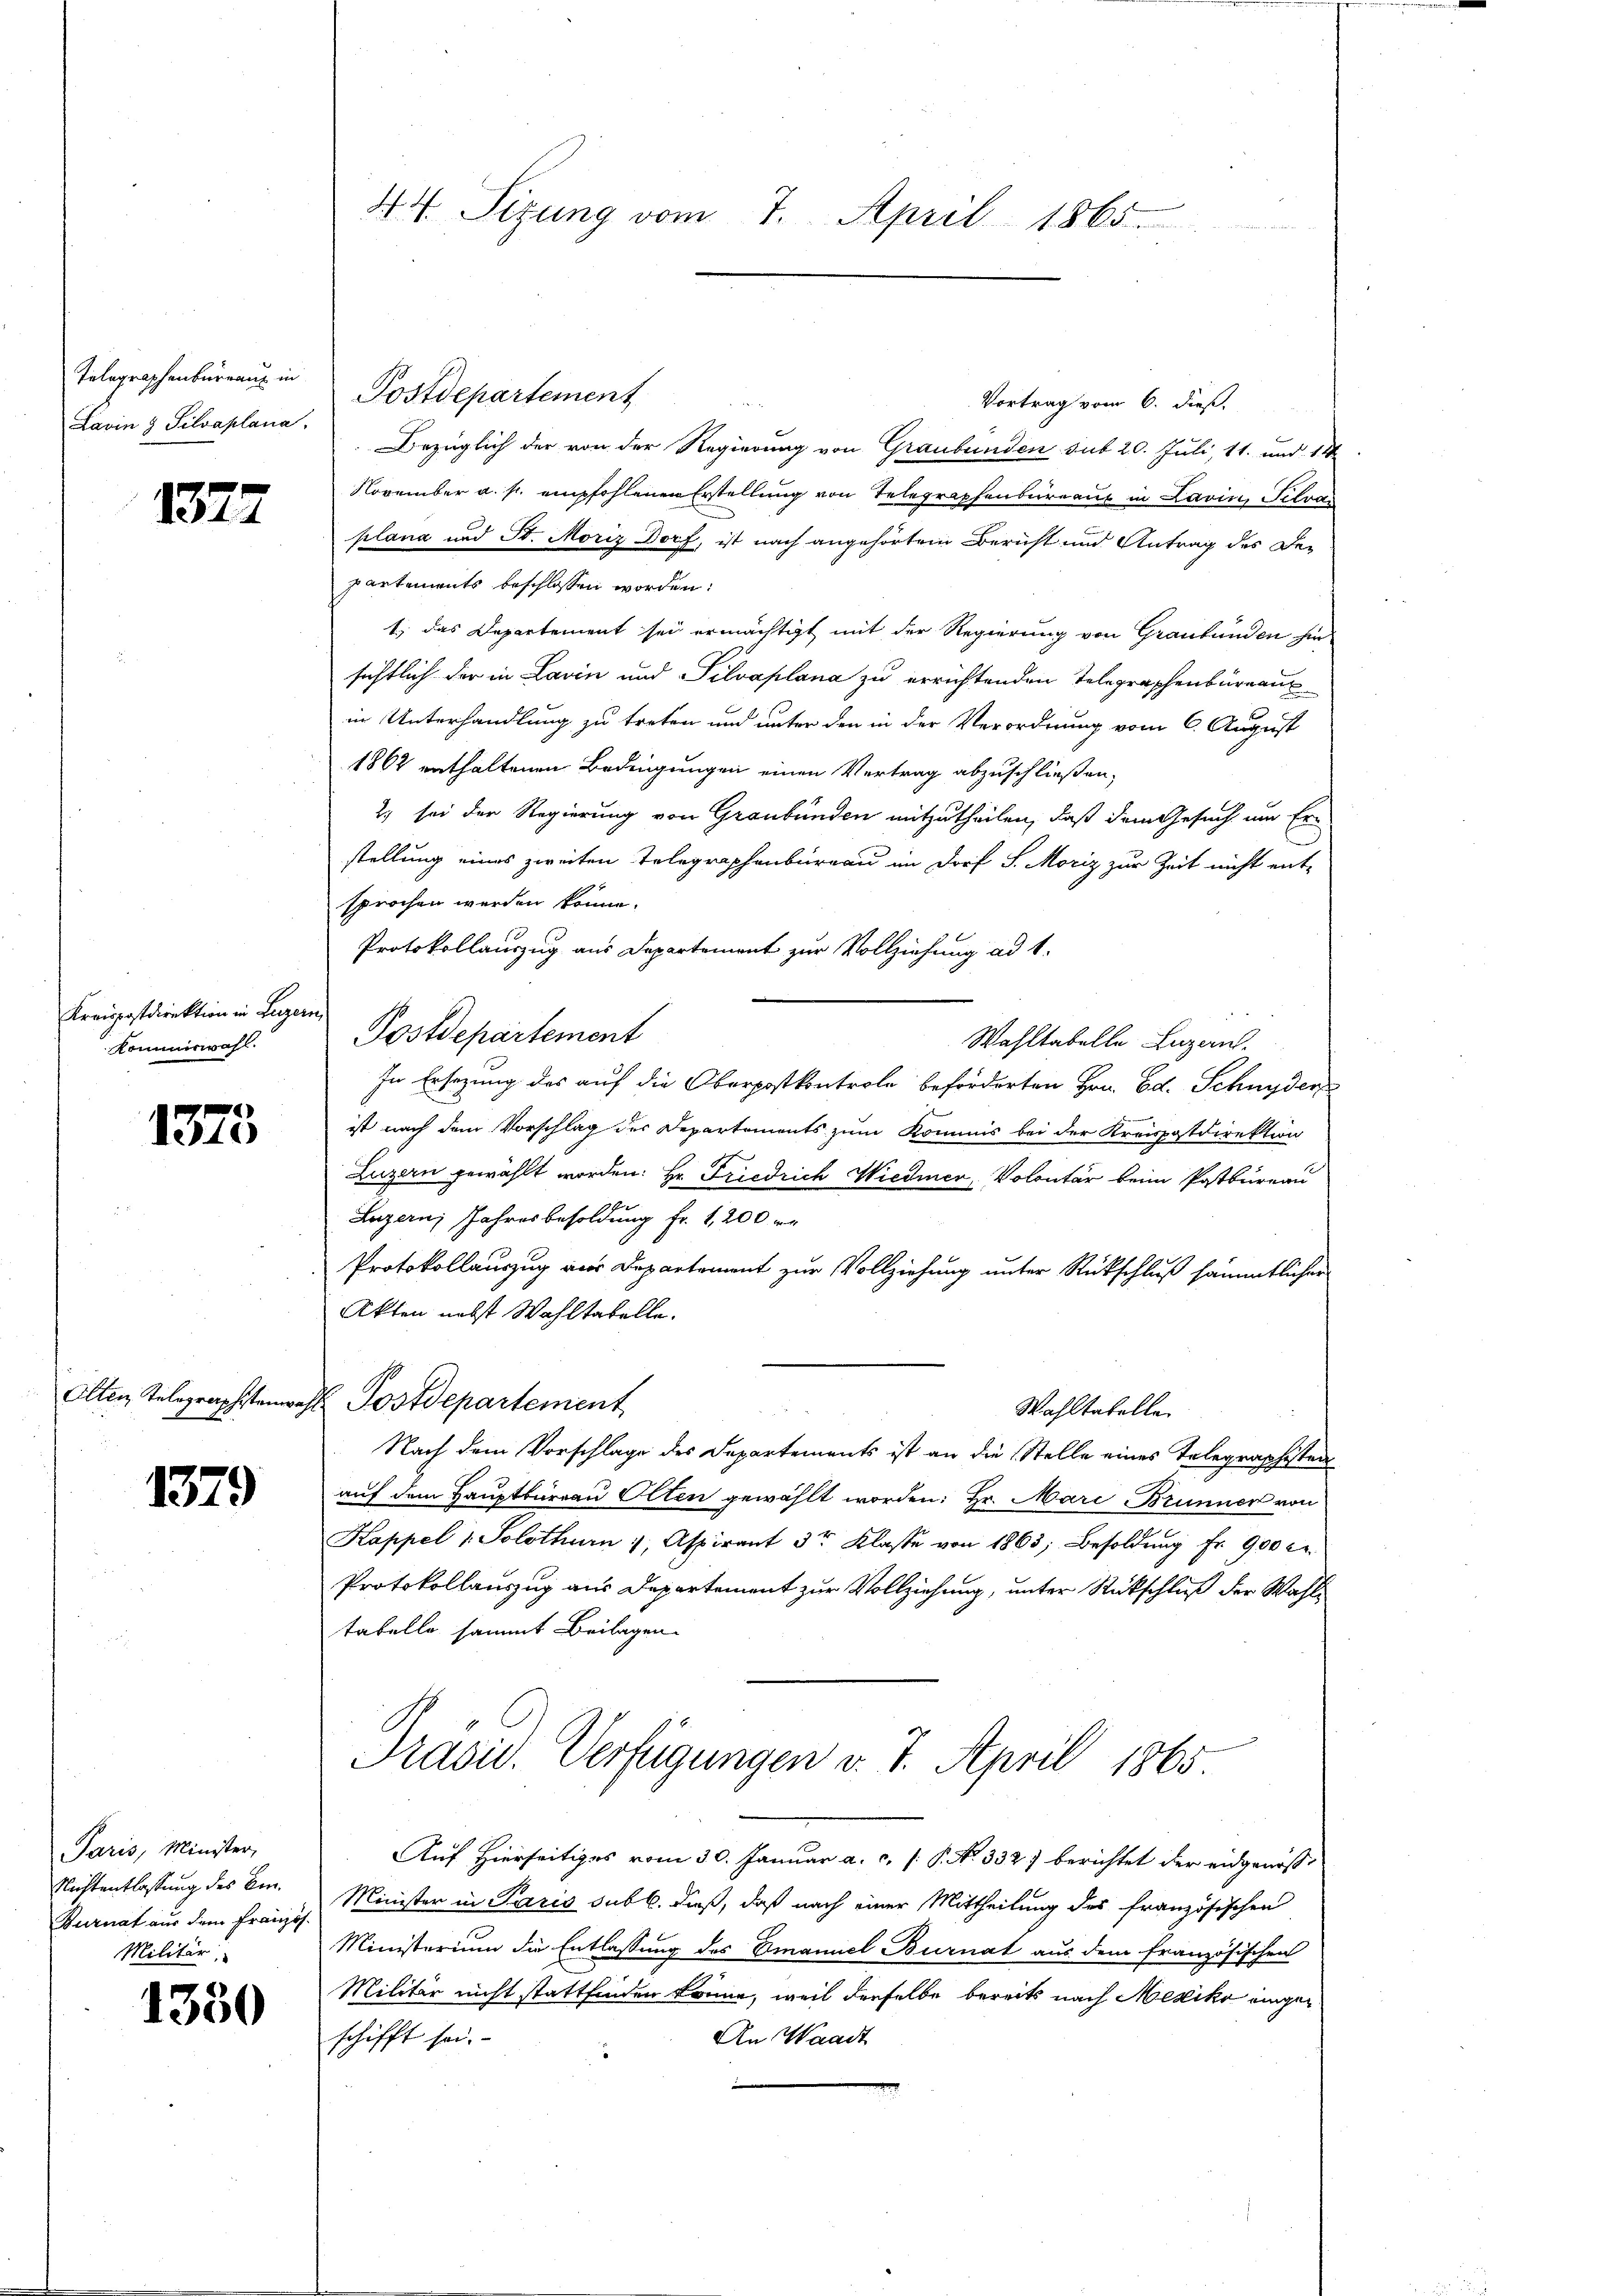
Telegraphenbureau in
Lavin & Silvaplana,

1372

Kreispostdirektion in Luzern
Kommiswahl.

1375

1379

Paris, Minister,
Nichtentlastung des Ein¬
Burnal aus dem Französ.
Militär

1350

Postdepartement
Vortrag vom 6. dieß.
Bezüglich der von der Regierung von Graubünden sub 20. Juli, 11. und 11
November a. p. empfohlenen Erstellung von Telegraphenbureau in Lavin, Silvas
plana und St. Moriz Dorf, ist nach angehörtem Bericht und Antrag des De-
partements beschlossen worden:
1. das Departement sei ermächtigt mit der Regierung von Graubünden hie
sichtlich der in Lavin und Silvaplana zu errichtenden Telegraphenbüreau
in Unterhandlung zu treten und unter den in der Verordnung vom 6. August
1862 enthaltenen Bedingungen einen Vertrag abzuschließen,
2) sei der Regierung von Graubünden mitzutheilen, daß dem Gesuch um Erstellung eines zweiten Telegraphenbureau im Dorf S. Moriz zur Zeit nicht ent-
sprochen werden könne.
Protokollauszug aus Departement zur Vollziehung ad 1.
Postdepartement
Wahltabelle Lezans
In Ersezung des auf die Oberpostkontrole beförderten Hrn. Ed. Schnyder
ist nach dem Vorschlag des Departements zum Kommis bei der Kreispostdirektion
k
Luzern gewählt worden. Hr. Friedrich Wiedmer, Volontär beim Postbureau
Luzern, Jahresbesoldung fr. 1,200 re
Protokollauszug von Departement zur Vollziehung unter Rückschluß sämmtlicher
Akten nebst Wahltatelle.
Olten Telegraphstenwahl Postdepartement
Wahltatelle.

Nach dem Vorschlage des Departements ist an die Stelle eines Telegraphisten
auf dem Hauptbüreau Olten gewählt worden: Hr. Mari Brunner von
Kappel 1. Solothurn 1, Aspirant 3r Klasse von 1863; Besoldŭng fr. 900 er
Protokollauszug aus Departement zur Vollziehung, unter Rückschluß der Wahltabelle sammt Beilagen.
Prasis. Verfügungen v. 7. April 1865.
Auf Hierseitiges vom 30. Januar a. c. f. P. No. 332. berichtet der eidgenosse
Minister in Paris sub b. dieß, daß nach einer Mittheilung des französischen
Ministerium die Entlassung des Emanuel Burnal aus dem französischen
Militär nicht stattfinden könne, weil derselbe bereits nach Mexiko einge¬
An Waadt
schifft sei.

44 Sizung vom 7. April 1865.